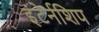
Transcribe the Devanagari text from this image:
इंटेर्नशिप